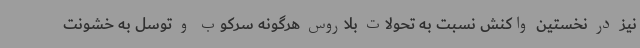
نیز در نخستین واکنش نسبت به تحولات بلاروس هرگونه سرکوب و توسل به خشونت